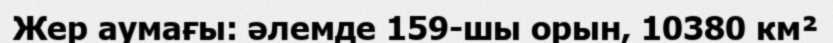
Жер аумағы: әлемде 159-шы орын, 10380 км²